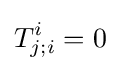
T_{j;i}^{i}=0